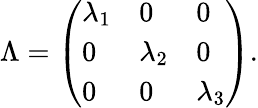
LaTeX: \Lambda=\left(\begin{array}{lll}{\lambda_{1}}&{0}&{0}\\ {0}&{\lambda_{2}}&{0}\\ {0}&{0}&{\lambda_{3}}\end{array}\right).